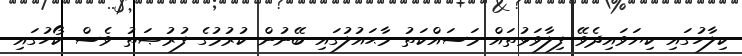
ކިލާހުގައި ކިޔަވައިދެވޭ ފިލާވަޅުތައް މަސައްކަތު މާޙައުލުގައި ބޭނުން ކުރުމުގެ ފުރުޞަތު ވެސް ކޯހުގައި